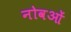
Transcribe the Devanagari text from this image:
नोवओं